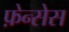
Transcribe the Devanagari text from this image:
फ़ेन्सेस